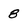
Character: 8